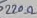
Text: 220Ω